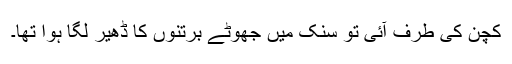
کچن کی طرف آئی تو سنک میں جھوٹے برتنوں کا ڈھیر لگا ہوا تھا۔